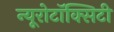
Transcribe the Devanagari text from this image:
न्यूरोटॉक्सिटी